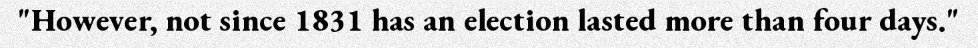
"However, not since 1831 has an election lasted more than four days."